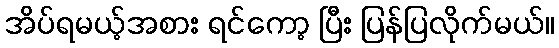
အိပ်ရမယ့်အစား ရင်ကော့ ပြီး ပြန်ပြလိုက်မယ်။